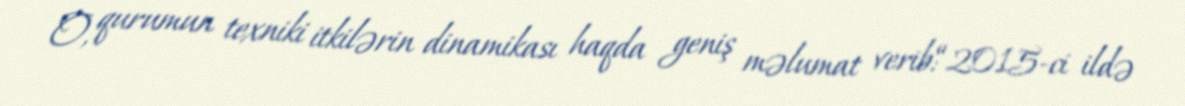
O, qurumun texniki itkilərin dinamikası haqda geniş məlumat verib:“2015-ci ildə